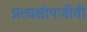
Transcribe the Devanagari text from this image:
प्रत्यक्षोपजीवी